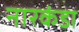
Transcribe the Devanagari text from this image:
नारकंडा